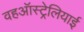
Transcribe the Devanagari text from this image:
वहऑस्ट्रेलियाई